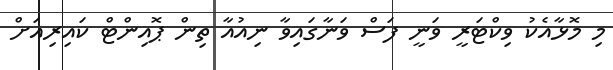
މި މޮޅާއެކު ވިކްޓަރީ ވަނީ ފަސް ވަނާގައިވާ ނިއުއާ ތިން ޕޮއިންޓް ކައިރިއަށް